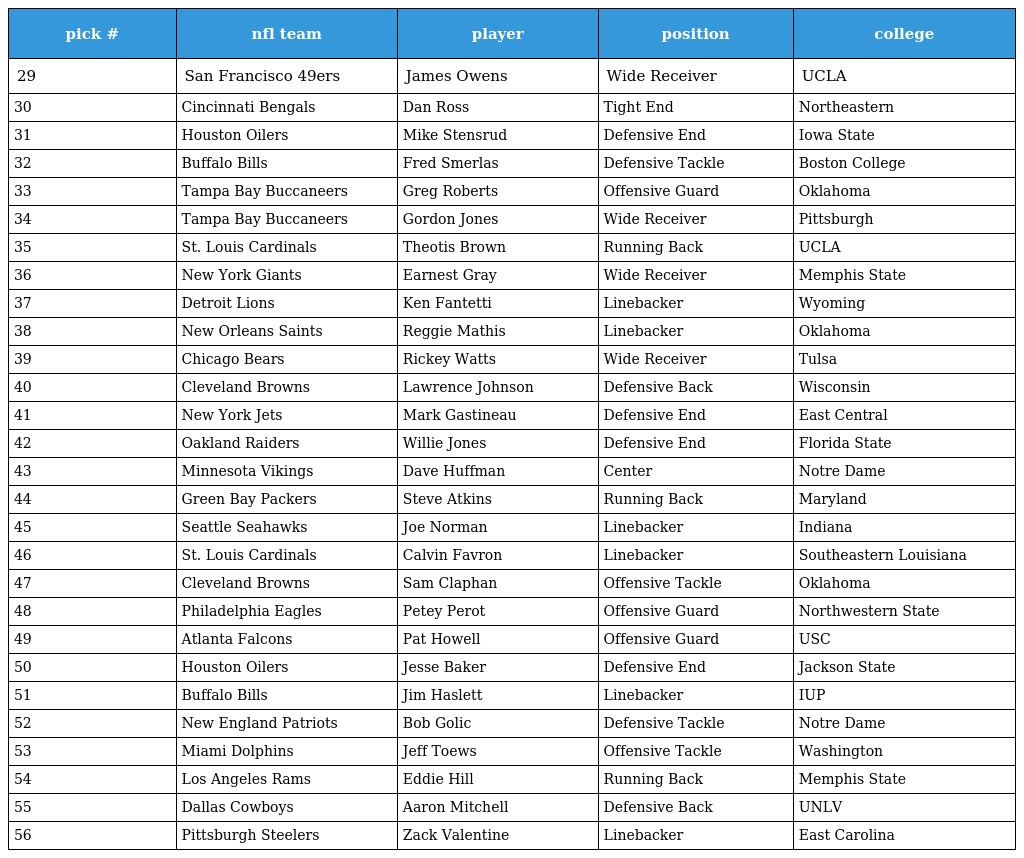
| pick # | nfl team | player | position | college |
 | --- | --- | --- | --- | --- |
 | 29 | San Francisco 49ers | James Owens | Wide Receiver | UCLA |
 | 30 | Cincinnati Bengals | Dan Ross | Tight End | Northeastern |
 | 31 | Houston Oilers | Mike Stensrud | Defensive End | Iowa State |
 | 32 | Buffalo Bills | Fred Smerlas | Defensive Tackle | Boston College |
 | 33 | Tampa Bay Buccaneers | Greg Roberts | Offensive Guard | Oklahoma |
 | 34 | Tampa Bay Buccaneers | Gordon Jones | Wide Receiver | Pittsburgh |
 | 35 | St. Louis Cardinals | Theotis Brown | Running Back | UCLA |
 | 36 | New York Giants | Earnest Gray | Wide Receiver | Memphis State |
 | 37 | Detroit Lions | Ken Fantetti | Linebacker | Wyoming |
 | 38 | New Orleans Saints | Reggie Mathis | Linebacker | Oklahoma |
 | 39 | Chicago Bears | Rickey Watts | Wide Receiver | Tulsa |
 | 40 | Cleveland Browns | Lawrence Johnson | Defensive Back | Wisconsin |
 | 41 | New York Jets | Mark Gastineau | Defensive End | East Central |
 | 42 | Oakland Raiders | Willie Jones | Defensive End | Florida State |
 | 43 | Minnesota Vikings | Dave Huffman | Center | Notre Dame |
 | 44 | Green Bay Packers | Steve Atkins | Running Back | Maryland |
 | 45 | Seattle Seahawks | Joe Norman | Linebacker | Indiana |
 | 46 | St. Louis Cardinals | Calvin Favron | Linebacker | Southeastern Louisiana |
 | 47 | Cleveland Browns | Sam Claphan | Offensive Tackle | Oklahoma |
 | 48 | Philadelphia Eagles | Petey Perot | Offensive Guard | Northwestern State |
 | 49 | Atlanta Falcons | Pat Howell | Offensive Guard | USC |
 | 50 | Houston Oilers | Jesse Baker | Defensive End | Jackson State |
 | 51 | Buffalo Bills | Jim Haslett | Linebacker | IUP |
 | 52 | New England Patriots | Bob Golic | Defensive Tackle | Notre Dame |
 | 53 | Miami Dolphins | Jeff Toews | Offensive Tackle | Washington |
 | 54 | Los Angeles Rams | Eddie Hill | Running Back | Memphis State |
 | 55 | Dallas Cowboys | Aaron Mitchell | Defensive Back | UNLV |
 | 56 | Pittsburgh Steelers | Zack Valentine | Linebacker | East Carolina |